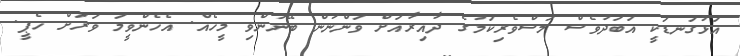
އަޅުގަނޑަކީ އަބަދުވެސް މަސްވެރިކަމުގެ ދާއިރާއަށް ވަންނަން ބޭނުންވި މީހެއް. އެހެންވީމަ ވަރަށް ހެޕީ.